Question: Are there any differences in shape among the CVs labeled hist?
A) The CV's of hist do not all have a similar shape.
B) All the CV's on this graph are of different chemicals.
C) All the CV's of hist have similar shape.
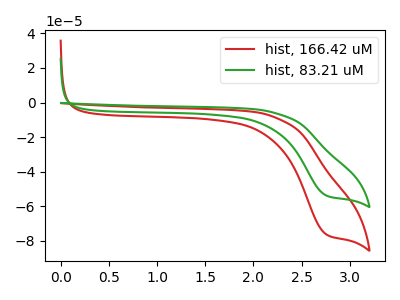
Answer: <think>The red curve "hist, 166.42 uM" has a cathodic peak at: (2.75V, -76.20uA). The green curve "hist, 83.21 uM" has a cathodic peak at: (2.75V, -53.70uA).
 All the peaks in "hist, 166.42 uM" have a peak in "hist, 83.21 uM" at the same potential. Every peak in "hist, 166.42 uM" is higher than every peak in "hist, 83.21 uM".</think>
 <answer>C) All the CV's of "hist" have similar shape.</answer>
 <eval>C</eval>